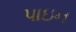
પાઇન